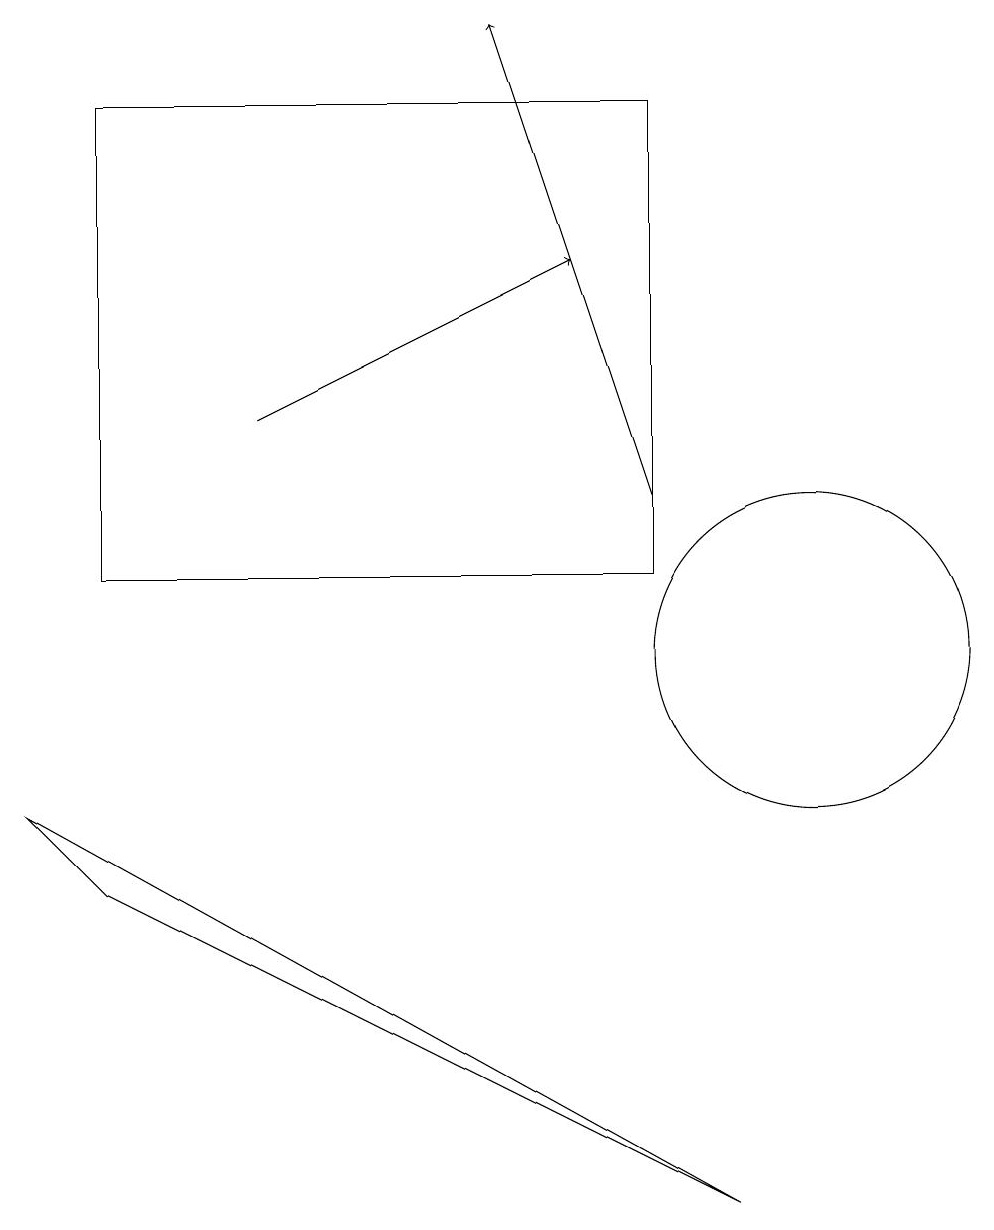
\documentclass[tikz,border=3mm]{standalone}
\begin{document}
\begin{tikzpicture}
\draw[->] (3,13) -- (7,15);
\draw (8,11) rectangle (1,17);
\draw (1,7) -- (9,3) -- (0,8) -- cycle;
\draw (10,10) circle (2);
\draw[->] (8,12) -- (6,18);
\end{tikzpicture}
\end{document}